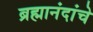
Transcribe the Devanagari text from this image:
ब्रह्मानंदांचे